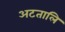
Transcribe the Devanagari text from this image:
अटतालि